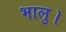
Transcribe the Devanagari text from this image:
भालु।